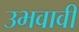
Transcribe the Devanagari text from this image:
उभवावी